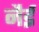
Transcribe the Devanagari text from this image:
नैई